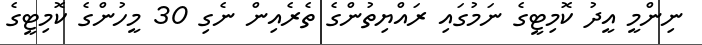
ނިންމީ އީދު ކޮމިޓީގެ ނަމުގައި ރައްޔިތުންގެ ތެރެއިން ނެގި 30 މީހުންގެ ކޮމިޓީގެ